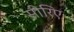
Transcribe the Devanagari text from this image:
सीरिए